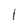
Character: 1